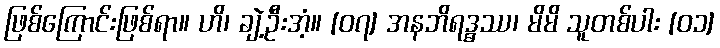
ဖြစ်ကြောင်းဖြစ်ရာ။ ဟိ၊ ချဲ့ဦးအံ့။ [၀၇] အနဘိရဒ္ဓဿ၊ မိမိ သူတစ်ပါး [၀၁]